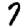
Digit: 7